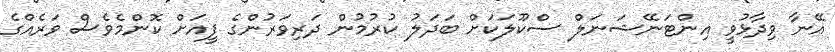
އޭނާ ވިދާޅުވީ އިންޓަނޭޝަނަލް ސްކޫލަކަށް ބަދަލު ކުރުމުން ދަރިވަރުންގެ ފީއަށް ކޮންމެވެސް ވަރެއްގެ